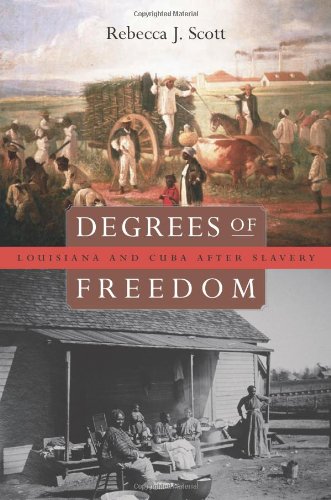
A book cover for Degrees of Freedom: Louisiana and Cuba after Slavery; Rebecca J. Scott; History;